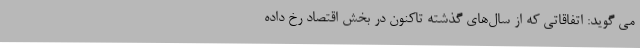
می گوید: اتفاقاتی که از سال‌های گذشته تاکنون در بخش اقتصاد رخ داده